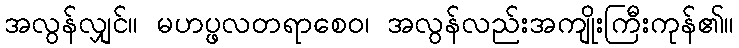
အလွန်လျှင်။ မဟပ္ဖလတရာစေဝ၊ အလွန်လည်းအကျိုးကြီးကုန်၏။